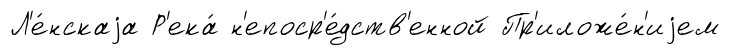
Л'е́нскаjа Р'ека́ н'епоср'е́дств'енной Пр'иложе́н'иjем